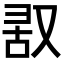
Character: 𪠬